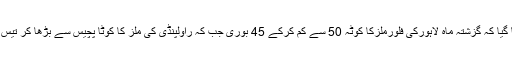
رپورٹ میں بتایا گیا کہ گزشتہ ماہ لاہورکی فلورملزکا کوٹہ 50 سے کم کرکے 45 بوری جب کہ راولپنڈی کی ملز کا کوٹا پچیس سے بڑھا کر تیس بوری کردیا گیا۔